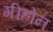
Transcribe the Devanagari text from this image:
गीहोन